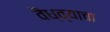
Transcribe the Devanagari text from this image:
वैध्व्याचा